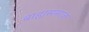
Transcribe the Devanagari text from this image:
बाह्यसमाज